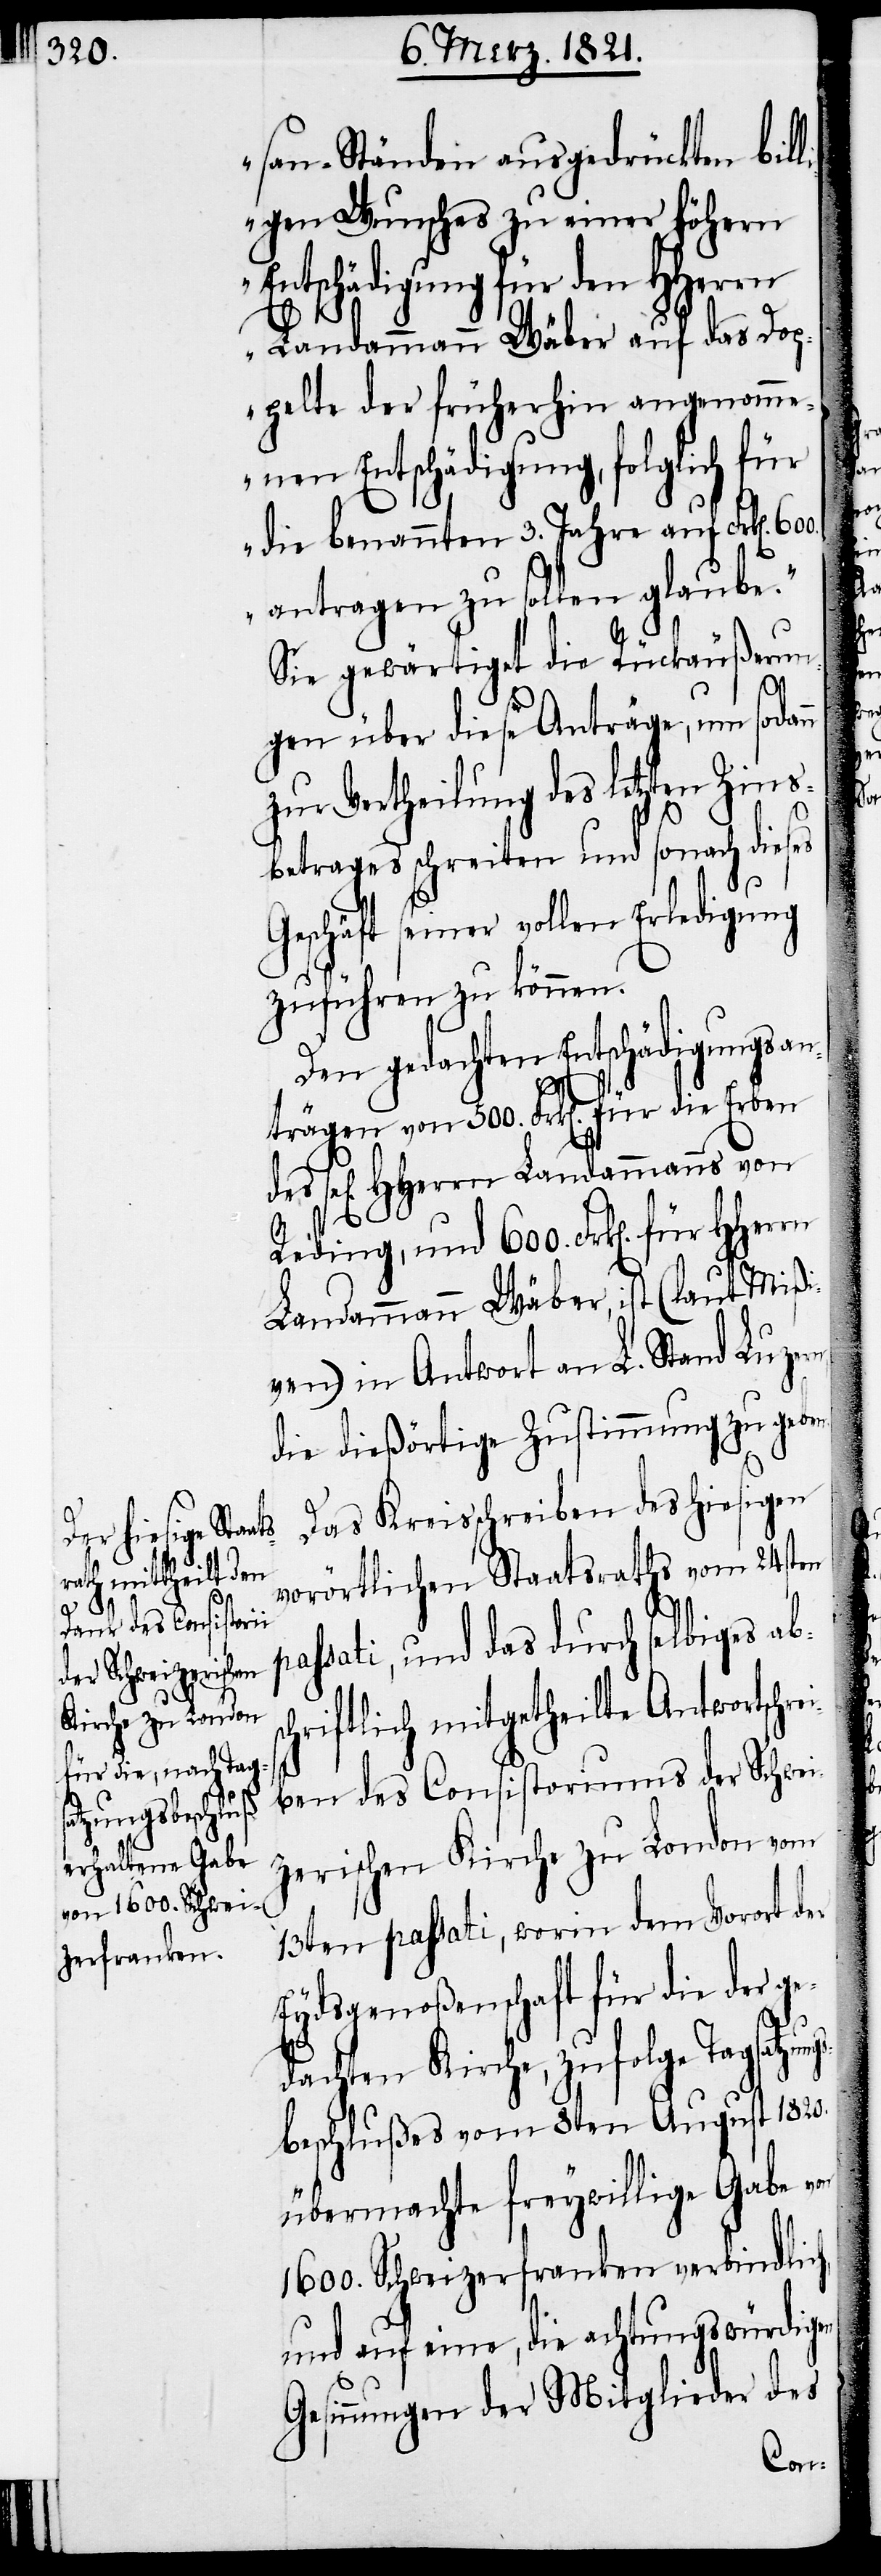
600.

san-Ständen ausgedrückten bill¬
igen Wunsches zu einer höhern
Entschädigung für den HHerrn
Landammann Wäber auf das Dop¬
pelte der früherhin angenomme¬
nen Entschädigung, folglich für
die benannten 3. Jahre auf Frk[en].
antragen zu sollen glaube.“
Sie gewärtige die Rückäußerun¬
G¬
gen über diese Anträge, um sodann
zur Vertheilung des letzten Zins¬
betrages schreiten und sonach dieses
eschäft seiner vollen Erledigung
zuführen zu können.
Den gedachten Entschädigungsa¬
nträgen von 500. Frk[en]. für die Erben
sel[igen] HHerrn Landammanns von
Reding, und 600. Frk[en]. für
Landammann Wäber, ist (laut Mißi¬
ven) in Antwort an L. Stand Luzern
die dießörtige Zustimmung zu geb¬
Das Kreisschreiben des hiesigen
vorörtlichen Staatsraths vom 24sten
passati, und das durch selbiges abs¬
chriftlich mitgetheilte Antwortschr¬
ben des Consistoriums der Schwei¬
zerischen Kirche zu London vom
13ten passati, worin dem Vorort der
Eydsgenoßenschaft für die der ge¬
dachten Kirche, zufolge Tagsatzun¬
beschlußes vom 8ten August 1820.
übermachte freywillige Gabe von
1600. Schweizerfranken verbindlich
und auf eine, die achtungswürdigen
Gesinnungen der Mitglieder des

gs¬